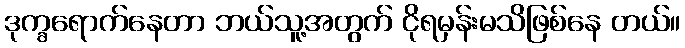
ဒုက္ခရောက်နေတာ ဘယ်သူ့အတွက် ငိုရမှန်းမသိဖြစ်နေ တယ်။